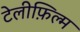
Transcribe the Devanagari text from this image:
टेलीफ़िल्म